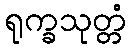
ရုက္ခသုတ္တံ